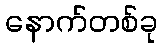
နောက်တစ်ခု